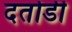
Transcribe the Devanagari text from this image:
दतोडी